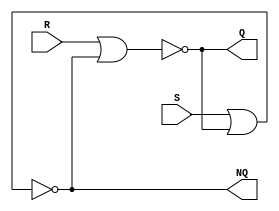
module Lab3_SR_Latch_gatelevel(output Q, NQ, input S, R);
	
	nor #(2) r(Q, R, NQ);
	nor #(2) s(NQ, S, Q);

endmodule